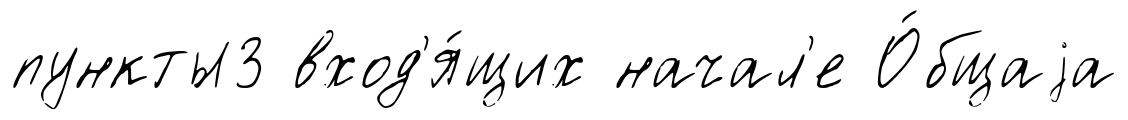
пункты3 вход'я́щих начал'е О́бщаjа